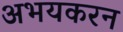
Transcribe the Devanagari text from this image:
अभयकरन